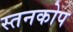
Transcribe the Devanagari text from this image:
स्तनकोप